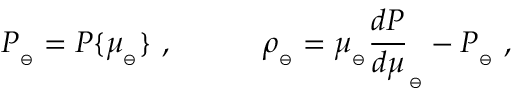
P _ { _ \ominus } = P \{ \mu _ { _ \ominus } \} \ , \qquad \quad \rho _ { _ \ominus } = \mu _ { _ \ominus } { \frac { d P } { d \mu } } _ { _ \ominus } - P _ { _ \ominus } \ ,